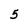
Character: 5